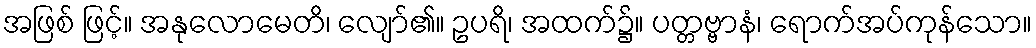
အဖြစ် ဖြင့်။ အနုလောမေတိ၊ လျော်၏။ ဥပရိ၊ အထက်၌။ ပတ္တဗ္ဗာနံ၊ ရောက်အပ်ကုန်သော။